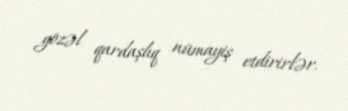
gözəl qardaşlıq nümayiş etdirirlər.